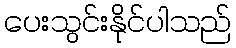
ပေးသွင်းနိုင်ပါသည်